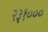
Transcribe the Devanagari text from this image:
२३१०००